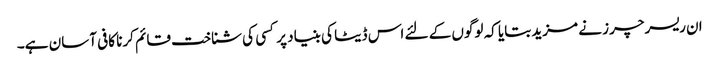
ان ریسرچرز نے مزید بتایا کہ لوگوں کے لئے اس ڈیٹا کی بنیاد پر کسی کی شناخت قائم کرنا کافی آسان ہے۔